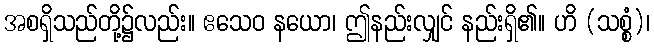
အစရှိသည်တို့၌လည်း။ ဧသေဝ နယော၊ ဤနည်းလျှင် နည်းရှိ၏။ ဟိ (သစ္စံ)၊